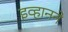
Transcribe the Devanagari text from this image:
इव्हानने